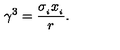
\gamma ^ { 3 } = \frac { \sigma _ { _ { i } } x _ { _ { i } } } { r } .